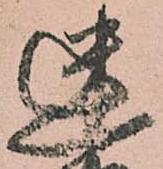
迷